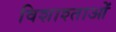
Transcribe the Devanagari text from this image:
विशाश्ताओं